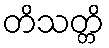
တိသတ္တိ